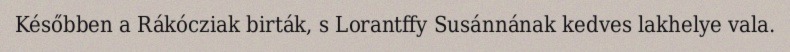
Későbben a Rákócziak birták, s Lorantffy Susánnának kedves lakhelye vala.